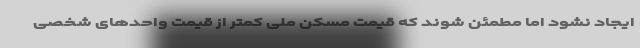
ایجاد نشود اما مطمئن شوند که قیمت مسکن ملی کمتر از قیمت واحدهای شخصی